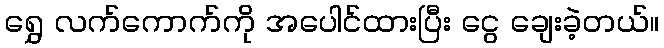
ရွှေ လက်ကောက်ကို အပေါင်ထားပြီး ငွေ ချေးခဲ့တယ်။